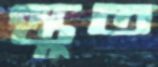
স্তুত